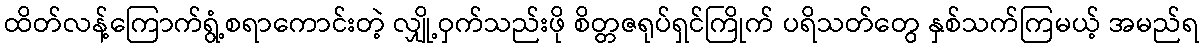
ထိတ်လန့်ကြောက်ရွံ့စရာကောင်းတဲ့ လျှို့ဝှက်သည်းဖို စိတ္တဇရုပ်ရှင်ကြိုက် ပရိသတ်တွေ နှစ်သက်ကြမယ့် အမည်ရ